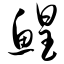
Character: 鳇